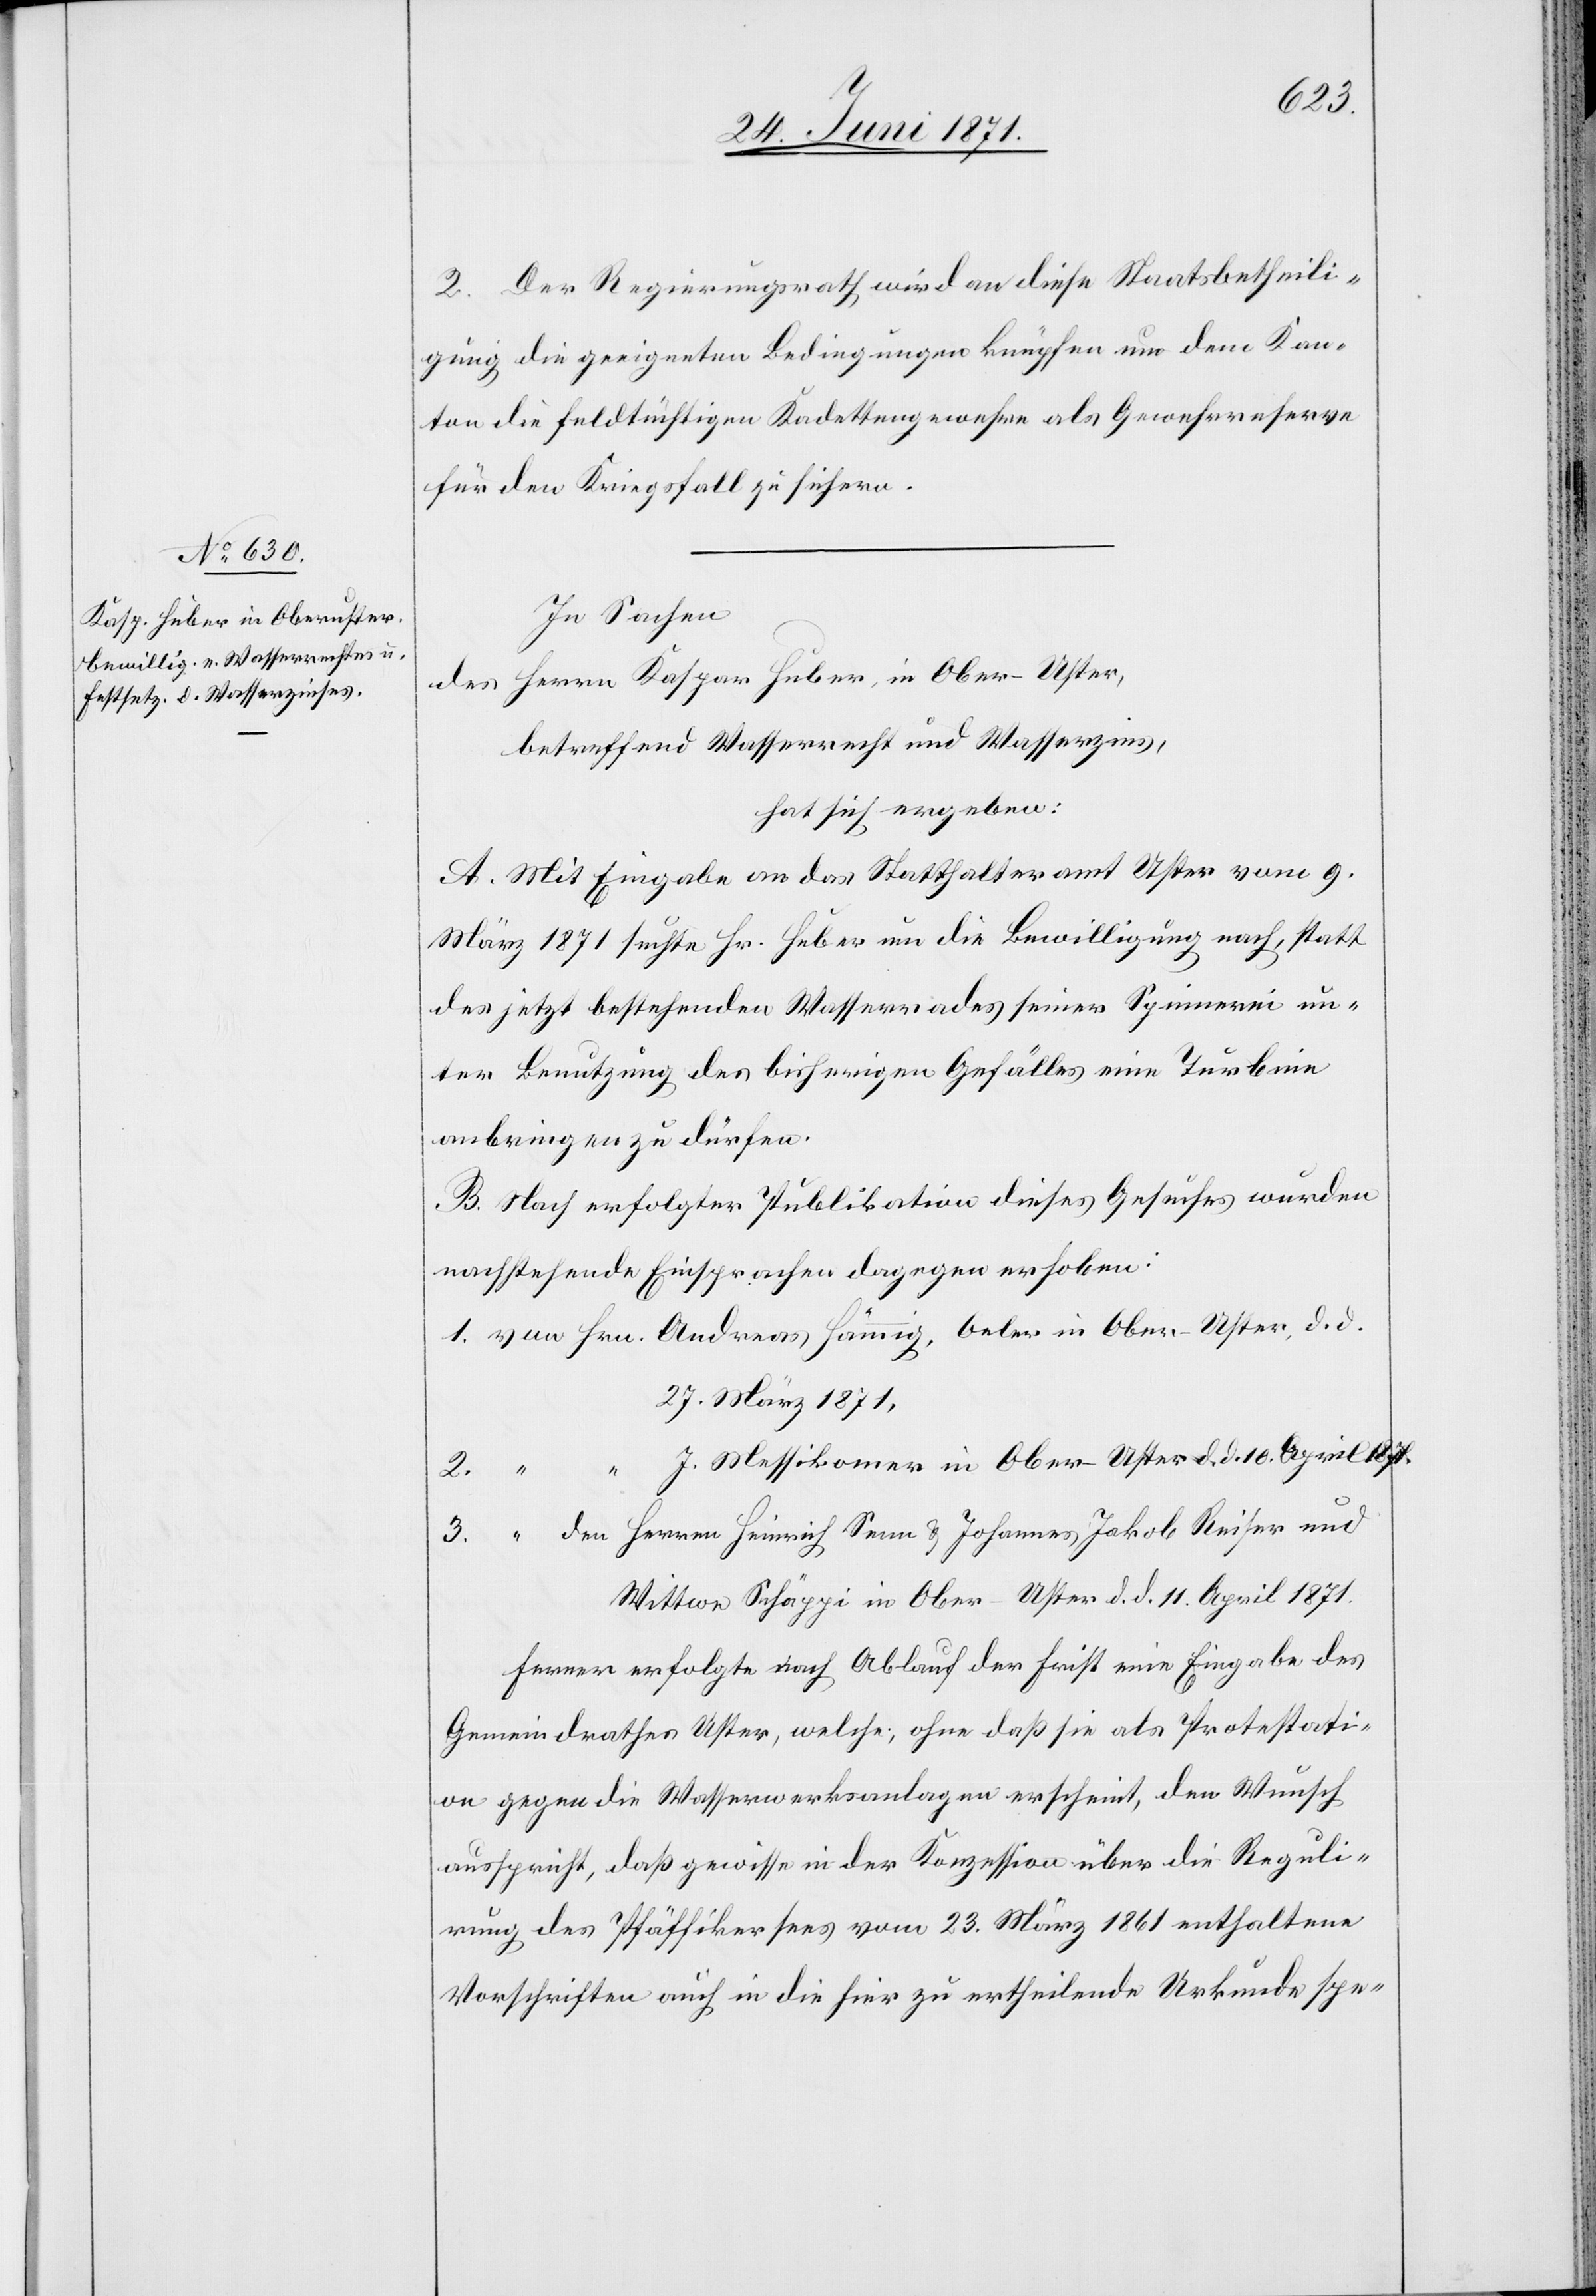
2. Der Regierungsrath wird an diese Staatsbetheili¬
gung die geeigneten Bedingungen knüpfen um dem Kan¬
ton die feldtüchtigen Kadettengewehre als Gewehrreserve
für den Kriegsfall zu sichern.
In Sachen
des Herrn Kaspar Huber, in Ober-Uster,
betreffend Wasserrecht und Wasserzins,
hat sich ergeben:
A. Mit Eingabe an das Statthalteramt Uster vom 9.
März 1871 suchte Hr. Huber um die Bewilligung nach, statt
des jetzt bestehenden Wasserrades seiner Spinnerei un¬
ter Benutzung des bisherigen Gefälles eine Turbine
anbringen zu dürfen.
B. Nach erfolgter Publikation dieses Gesuches wurden
nachstehende Einsprachen dagegen erhoben:
1. von Hrn. Andreas Hämmig, Oeler in Ober-Uster, d. d.
27. März 1871.
J. Messikomer in Ober-Uster, d. d. 10. April 1871.
3. “ den Herren Heinrich Senn u. Johannes Jakob Reiser und
Wittwe Schäppi in Ober-Uster d. d. 11. April 1871.
ferner erfolgte nach Ablauf der Frist eine Eingabe des
Gemeindrathes Uster, welche; ohne daß sie als Protestati¬
on gegen die Wasserwerksanlage erscheint, den Wunsch
ausspricht, daß gewisse in der Konzession über die Reguli¬
rung des Pfäffikersees vom 23. März 1861 enthaltene
Vorschriften auch in die hier zu ertheilende Urkunde spe-